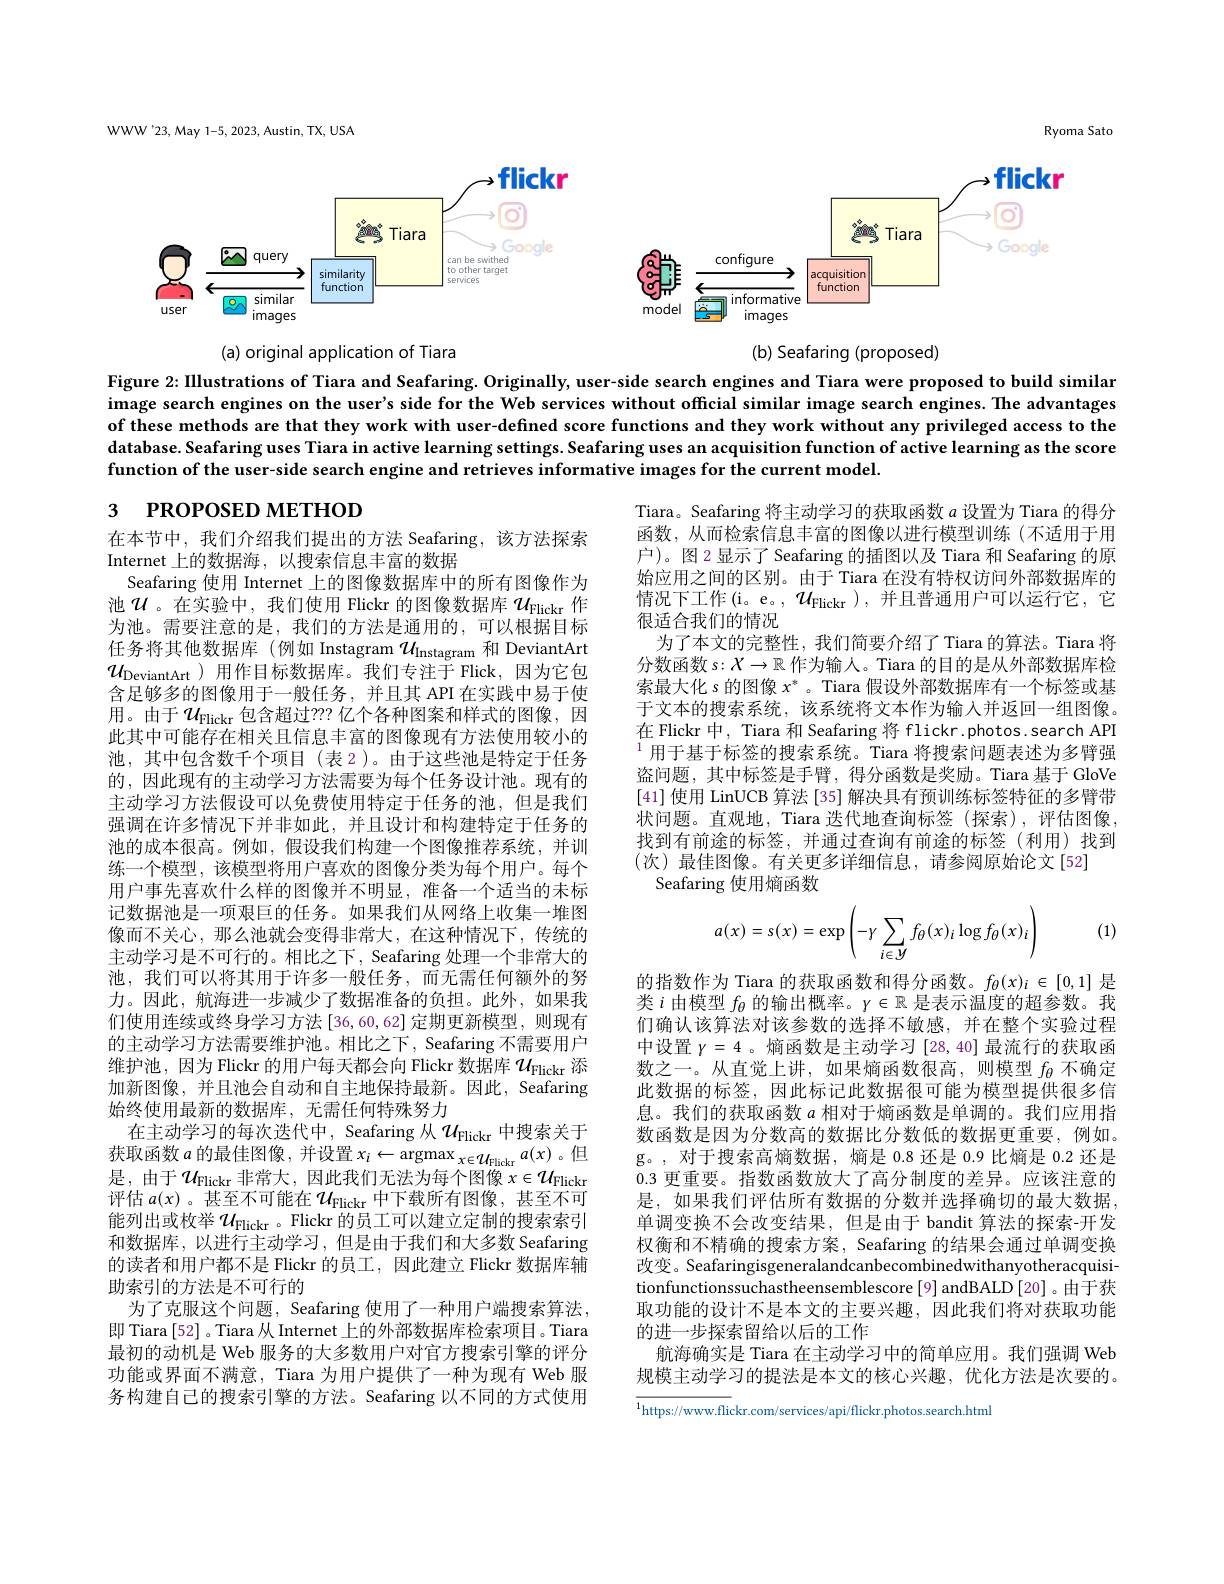
WWW'23, May 1-5, 2023, Austin, TX, USA

Ryoma Sato
<FigureHere>

Figure 2: IIlustrations of Tiara and Seafaring. Originally, user-side search engines and Tiara were proposed to build similar image search engines on the user's side for the Web services without official similar image search engines. The advantages of these methods are that they work with user-defined score functions and they work without any privileged access to the database. Seafaring uses Tiara in active learning settings. Seafaring uses an acquisition function of active learning as the score function of the user-side search engine and retrieves informative images for the current model.

# 3 РROPOSED МЕТНОD

Tiara。Seafaring 将主动学习的获取函数$a$设置为 Tiara 的得分函数，从而检索信息丰富的图像以进行模型训练(不适用于用户)。图2显示了Seafaring 的插图以及 Tiara 和 Seafaring 的原始应用之间的区别。由于 Tiara 在没有特权访问外部数据库的情况下工作(i。e。, $\mathcal{U}_\mathrm{Flickr})$,并且普通用户可以运行它，它很适合我们的情况
为了本文的完整性，我们简要介绍了 Tiara 的算法。Tiara 将分数函数 s:$X\to\mathbb{R}$作为输入。Tiara 的目的是从外部数据库检索最大化 s 的图像$x^*$ 。Tiara 假设外部数据库有一个标签或基于文本的搜索系统，该系统将文本作为输入并返回一组图像。在 Flickr 中，Tiara 和 Seafaring 将 flickr.photos.search API $^{1}$用于基于标签的搜索系统。Tiara 将搜索问题表述为多臂强盗问题，其中标签是手臂，得分函数是奖励。Tiara 基于 GloVe [41]使用 LinUCB 算法 [35] 解决具有预训练标签特征的多臂带状问题。直观地，Tiara 迭代地查询标签 (探索),评估图像， 找到有前途的标签，并通过查询有前途的标签(利用)找到(次)最佳图像。有关更多详细信息，请参阅原始论文[52]
Seafaring 使用熵函数

(1)
$$a(x)=s(x)=\exp\left(-\gamma\sum\limits_{i\in\mathcal{Y}}f_\theta(x)_i\log f_\theta(x)_i\right)$$
在本节中，我们介绍我们提出的方法 Seafaring,该方法探索
Internet 上的数据海，以搜索信息丰富的数据
Seafaring 使用 Internet 上的图像数据库中的所有图像作为池$\mathcal{U}$。在实验中，我们使用 Flickr 的图像数据库 $\mathcal{U}_\mathrm{Flickr}$ 作为池。需要注意的是，我们的方法是通用的，可以根据目标任务将其他数据库(例如 Instagram $\mathcal{U}_\mathrm{Instagram}$和 DeviantArt $\mathcal{U}_{\mathrm{DeviantArt}}$)用作目标数据库。我们专注于 Flick,因为它包含足够多的图像用于一般任务，并且其 API 在实践中易于使用。由于$\mathcal{U}_\mathrm{Flickr}$包含超过？?? 亿个各种图案和样式的图像，因此其中可能存在相关且信息丰富的图像现有方法使用较小的池，其中包含数千个项目(表 2)。由于这些池是特定于任务的，因此现有的主动学习方法需要为每个任务设计池。现有的主动学习方法假设可以免费使用特定于任务的池，但是我们强调在许多情况下并非如此，并且设计和构建特定于任务的池的成本很高。例如，假设我们构建一个图像推荐系统，并训练一个模型，该模型将用户喜欢的图像分类为每个用户。每个用户事先喜欢什么样的图像并不明显，准备一个适当的未标记数据池是一项艰巨的任务。如果我们从网络上收集一堆图像而不关心，那么池就会变得非常大，在这种情况下，传统的主动学习是不可行的。相比之下，Seafaring 处理一个非常大的池，我们可以将其用于许多一般任务，而无需任何额外的努力。因此，航海进一步减少了数据准备的负担。此外，如果我们使用连续或终身学习方法 [36,60,62] 定期更新模型，则现有的主动学习方法需要维护池。相比之下，Seafaring 不需要用户维护池，因为 Flickr 的用户每天都会向 Flickr 数据库$\mathcal{U}_\mathrm{Flickr}$添加新图像，并且池会自动和自主地保持最新。因此，Seafaring 始终使用最新的数据库，无需任何特殊努力
在主动学习的每次迭代中，Seafaring 从$\mathcal{U}_\mathrm{Flickr}$中搜索关于是，由于$\mathcal{U}_\mathrm{Flickr~}$非常大，因此我们无法为每个图像 $x\in\mathcal{U}_\mathrm{Flickr}$ 评估$a(x)$ 。甚至不可能在$u_\mathrm{Flickr}$中下载所有图像，甚至不可能列出或枚举$\mathcal{U}_\mathrm{Flickr}$。Flickr 的员工可以建立定制的搜索索引和数据库，以进行主动学习，但是由于我们和大多数 Seafaring 的读者和用户都不是 Flickr 的员工，因此建立 Flickr 数据库辅助索引的方法是不可行的
为了克服这个问题，Seafaring 使用了一种用户端搜索算法， 即 Tiara [52] 。Tiara 从 Internet 上的外部数据库检索项目。Tiara 最初的动机是 Web 服务的大多数用户对官方搜索引擎的评分功能或界面不满意，Tiara 为用户提供了一种为现有 Web 服务构建自己的搜索引擎的方法。Seafaring 以不同的方式使用

的指数作为 Tiara 的获取函数和得分函数。$f_\theta(x)_i\in[0,1]$是类$i$由模型$f_\theta$的输出概率。$\gamma\in\mathbb{R}$是表示温度的超参数。我们确认该算法对该参数的选择不敏感，并在整个实验过程中设置$\gamma=4$ 。熵函数是主动学习[28,40]最流行的获取函数之一。从直觉上讲，如果熵函数很高，则模型$f_{\theta}$不确定此数据的标签，因此标记此数据很可能为模型提供很多信息。我们的获取函数$a$相对于熵函数是单调的。我们应用指数函数是因为分数高的数据比分数低的数据更重要，例如。g。,对于搜索高熵数据，熵是 0.8 还是 0.9 比熵是 0.2 还是0.3 更重要。指数函数放大了高分制度的差异。应该注意的是，如果我们评估所有数据的分数并选择确切的最大数据， 单调变换不会改变结果，但是由于 bandit 算法的探索-开发权衡和不精确的搜索方案，Seafaring 的结果会通过单调变换改变。Seafaringisgeneralandcanbecombinedwithanyotheracquisitionfunctionssuchastheensemblescore[9] andBALD[20] 。由于获取功能的设计不是本文的主要兴趣，因此我们将对获取功能的进一步探索留给以后的工作
航海确实是 Tiara 在主动学习中的简单应用。我们强调 Web 规模主动学习的提法是本文的核心兴趣，优化方法是次要的。

$\overline{^{1}\text{https://www.flic}}$kr.com/services/api/flickr.photos.search.html